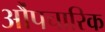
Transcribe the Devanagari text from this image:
औंपचारिक